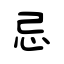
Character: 忌